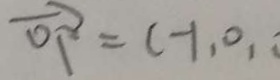
\overrightarrow { O F } = ( - 1 , 0 ,